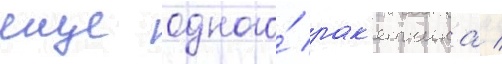
еще одного́ рак'етчика /